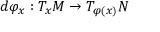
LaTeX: d \varphi _ { x } : T _ { x } M \to T _ { \varphi ( x ) } N